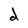
Character: d